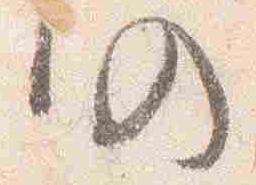
仍